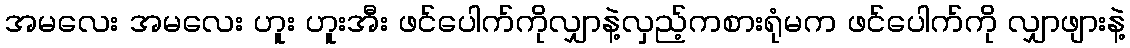
အမလေး အမလေး ဟူး ဟူးအီး ဖင်ပေါက်ကိုလျှာနဲ့လှည့်ကစားရုံမက ဖင်ပေါက်ကို လျှာဖျားနဲ့